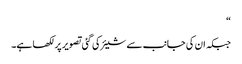
“
جبکہ ان کی جانب سے شیئر کی گئی تصویر پر لکھا ہے۔